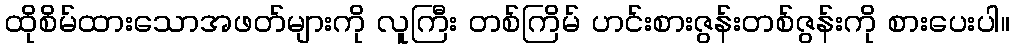
ထိုစိမ်ထားသောအဖတ်များကို လူကြီး တစ်ကြိမ် ဟင်းစားဇွန်းတစ်ဇွန်းကို စားပေးပါ။